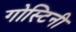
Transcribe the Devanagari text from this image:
गोस्टिनी